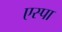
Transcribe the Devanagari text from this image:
एस्पा